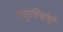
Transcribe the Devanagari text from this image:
लघुचित्रांची